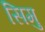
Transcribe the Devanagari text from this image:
सिमु